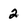
Character: 2